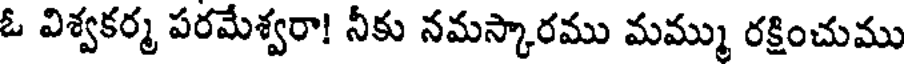
ఓ విశ్వకర్మ పరమేశ్వరా! నీకు నమస్కారము మమ్ము రక్షించుము